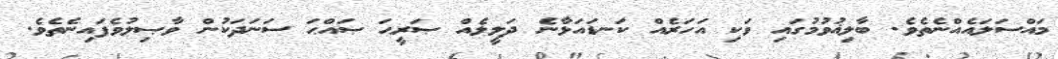
މައްސަލައެއްނެތެވެ. ބާލިޣުވުމުގައި ވަކި އަހަރެއް ކަނޑައަޅާނެ ދަލީލެއް ޞަރީޙަ ޞައްޙަ ސަނަދަކުން ވާޞިލުވެފައިނެތެވެ.